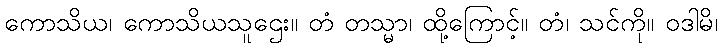
ကောသိယ၊ ကောသိယသူဌေး။ တံ တသ္မာ၊ ထို့ကြောင့်။ တံ၊ သင်ကို။ ဝဒါမိ၊